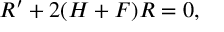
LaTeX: { \cal R } ^ { \prime } + 2 ( { \cal H } + { \cal F } ) { \cal R } = 0 ,